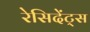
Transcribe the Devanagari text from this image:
रेसिदेंट्स